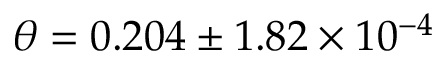
\theta = 0 . 2 0 4 \pm 1 . 8 2 \times 1 0 ^ { - 4 }